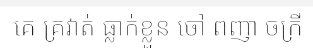
គេ គ្រវាត់ ធ្លាក់ខ្លួន ចៅ ពញា ចក្រី